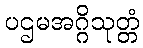
ပဌမအဂ္ဂိသုတ္တံ